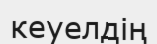
кеуелдің